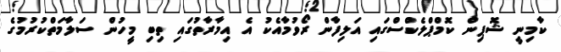
ކާމިނީ ޝޮޕިން ކޮމްޕްލެކްސްގައި އަލިފާން ރޯވުމާއެކު އެ އިމާރާތުގައި ތިބި މީހުން ސަލާމަތްކުރުމުގެ